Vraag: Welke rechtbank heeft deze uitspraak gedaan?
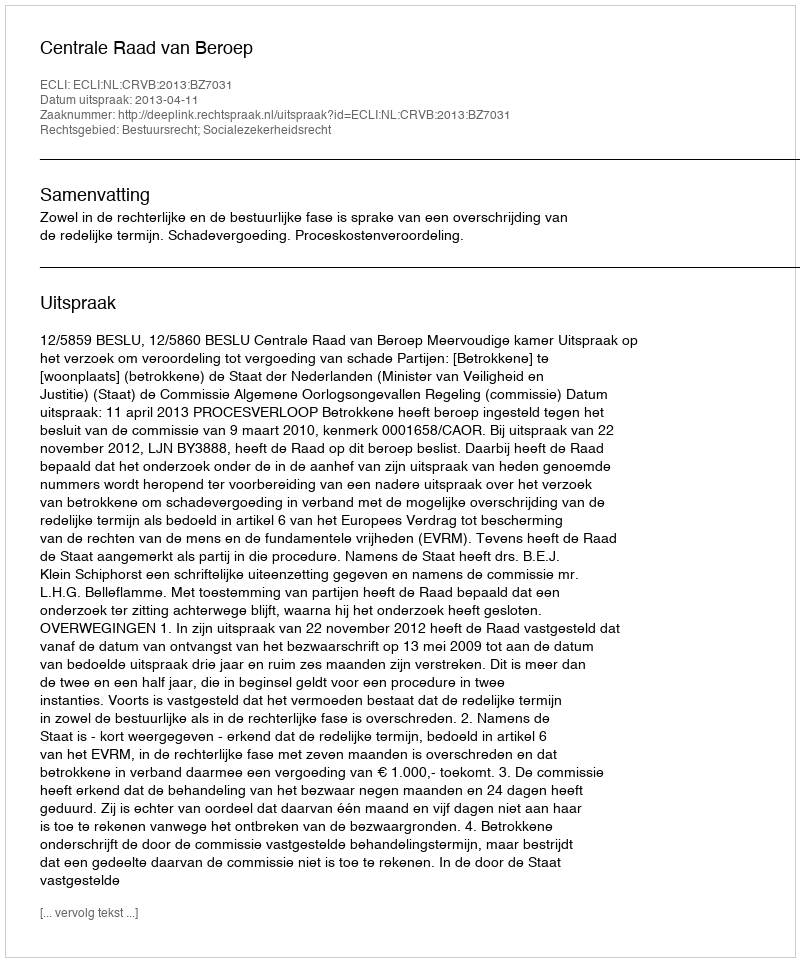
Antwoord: Centrale Raad van Beroep